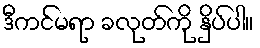
ဒီကင်မရာ ခလုတ်ကို နှိပ်ပါ။